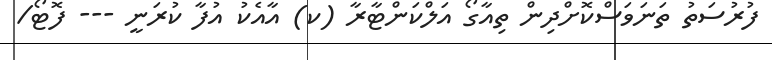
ފުރުސަތު ތަނަވަސްކޮށްދިން ތިއާގޯ އަލްކަންޓާރާ (ކ) އާއެކު އުފާ ކުރަނީ --- ފޮޓޯ/